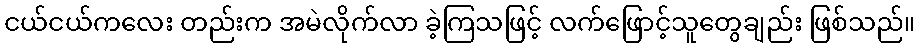
ငယ်ငယ်ကလေး တည်းက အမဲလိုက်လာ ခဲ့ကြသဖြင့် လက်ဖြောင့်သူတွေချည်း ဖြစ်သည်။